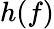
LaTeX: h(f)